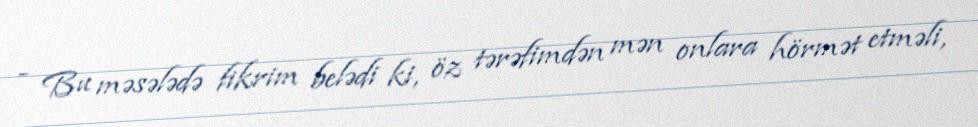
- Bu məsələdə fikrim belədi ki, öz tərəfimdən mən onlara hörmət etməli,